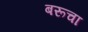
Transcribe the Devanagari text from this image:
बरूचा